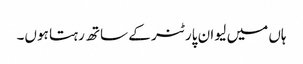
ہاں میں لیو ان پارٹنر کے ساتھ رہتا ہوں۔